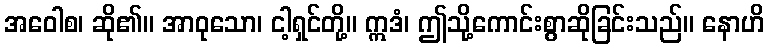
အဝေါစ၊ ဆို၏။ အာဝုသော၊ ငါ့ရှင်တို့။ ဣဒံ၊ ဤသို့ကောင်းစွာဆိုခြင်းသည်။ နောဟိ